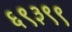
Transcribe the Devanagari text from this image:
६९३९९